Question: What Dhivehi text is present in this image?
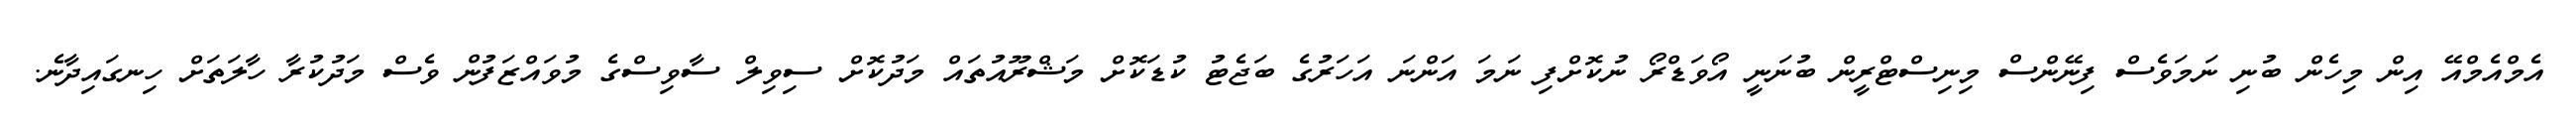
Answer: އެމްއެމްއޭ އިން މިހެން ބުނި ނަމަވެސް ފިނޭންސް މިނިސްޓްރީން ބުނަނީ އޯވަޑްރޯ ނުކޮށްފި ނަމަ އަންނަ އަހަރުގެ ބަޖެޓު ކުޑަކޮށް މަޝްރޫއުތައް މަދުކޮށް ސިވިލް ސާވިސްގެ މުވައްޒަފުން ވެސް މަދުކުރާ ހާލަތަށް ހިނގައިދާނެ.